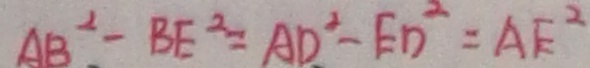
A B ^ { 2 } - B E ^ { 2 } = A D ^ { 2 } - E D ^ { 2 } = A E ^ { 2 }